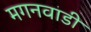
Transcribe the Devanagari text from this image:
मगनवाडी